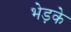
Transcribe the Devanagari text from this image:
भेड़के